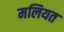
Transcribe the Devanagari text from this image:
मलियत